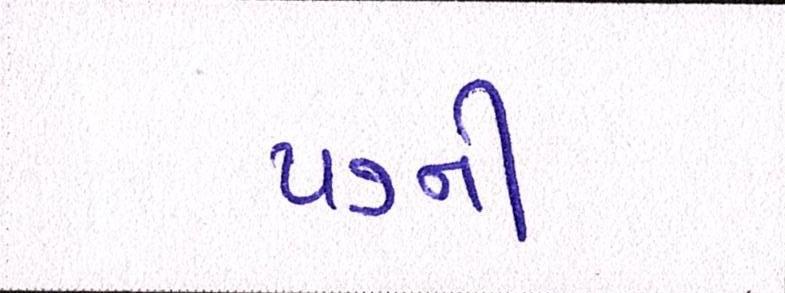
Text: ૫૭ની